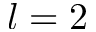
l = 2